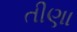
તીણા